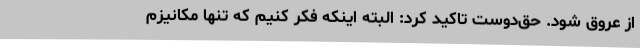
از عروق شود. حق‌دوست تاکید کرد: البته اینکه فکر کنیم که تنها مکانیزم